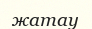
жатау